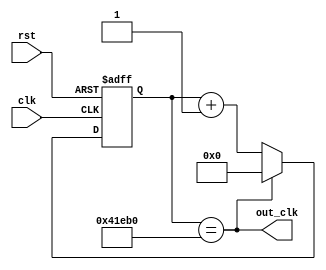
`timescale 1ns / 1ps
//////////////////////////////////////////////////////////////////////////////////
// Company: 
// Engineer: 
// 
// Design Name: 
// Module Name:    Game_Clock_Divider 
// Project Name: 
// Target Devices: 
// Tool versions: 
// Description: 
//
// Dependencies: 
//
// Revision: 
// Revision 0.01 - File Created
// Additional Comments: 
//
//////////////////////////////////////////////////////////////////////////////////
module Game_Clock_Divider(
    input clk,
    input rst,
    output out_clk
    );
//100Hz
reg [31:0] counter;
always @ (negedge clk or posedge rst)
if (rst)
	counter <= 32'd0;
else if (counter == 32'd270000)
	counter <= 32'd0;
else
	counter <= counter + 1;
	
assign out_clk = (counter == 32'd270000);

endmodule